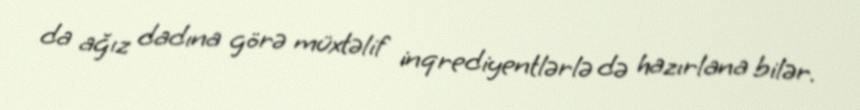
da ağız dadına görə müxtəlif inqrediyentlərlə də hazırlana bilər.